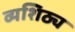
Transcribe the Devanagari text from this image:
व्यशिठ्य